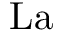
\mathrm { L a }